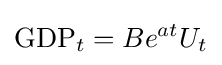
{\text{GDP}}_{t}=Be^{at}U_{t}